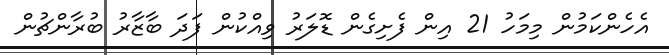
އެހެންކަމުން މިމަހު 21 އިން ފެށިގެން ޑޮލަރު ވިއްކުން ފަދަ ބާޒާރު ބުރާންޗުން